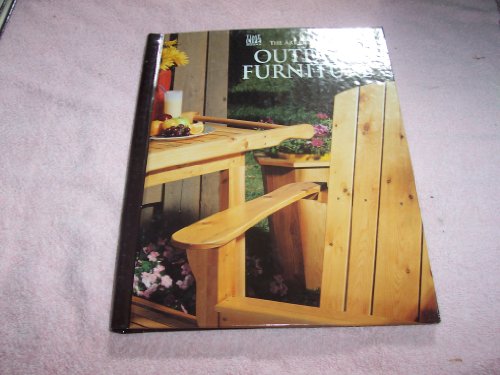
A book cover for Outdoor Furniture (Art of Woodworking); Crafts, Hobbies & Home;